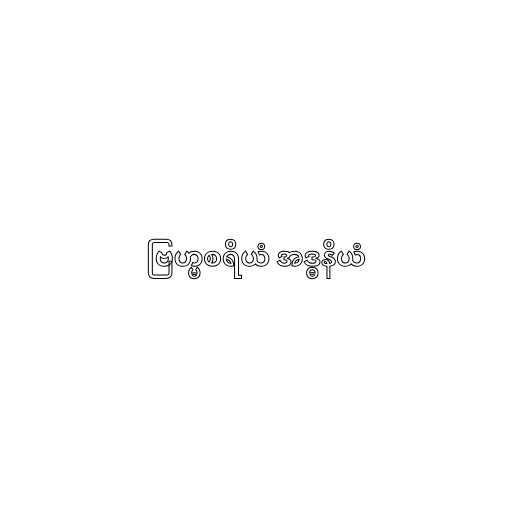
ဗြဟ္မစရိယံ အဒ္ဓနိယံ